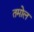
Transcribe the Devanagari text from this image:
तमोल